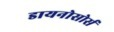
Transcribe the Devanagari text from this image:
डायनोसोर्स